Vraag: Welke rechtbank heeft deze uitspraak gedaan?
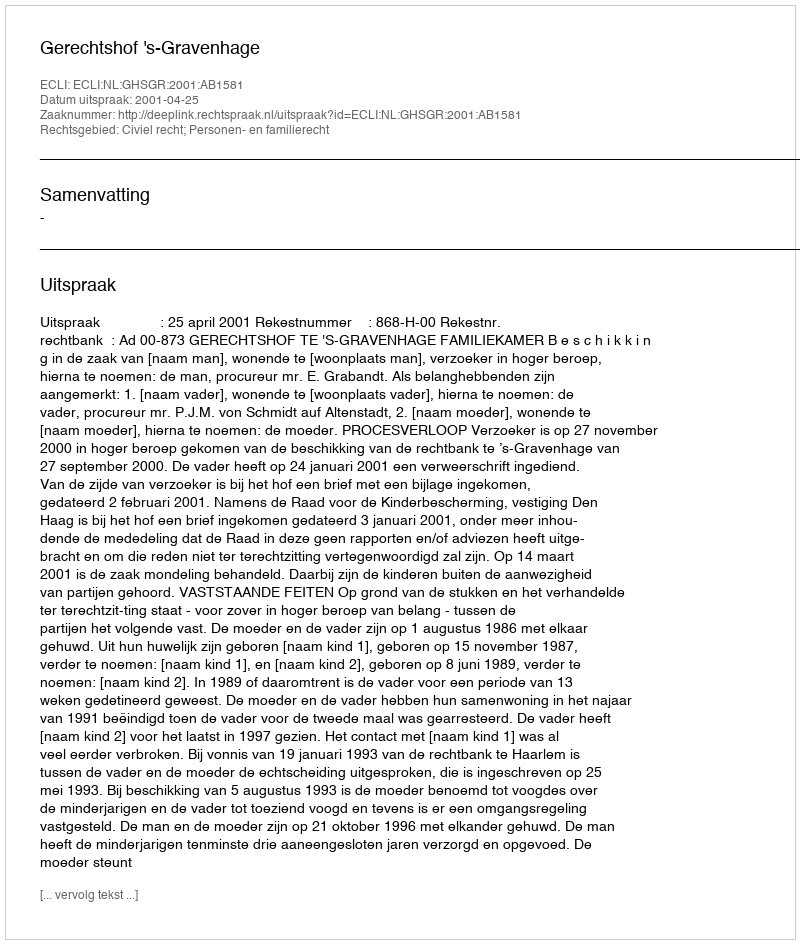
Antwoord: Gerechtshof 's-Gravenhage